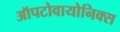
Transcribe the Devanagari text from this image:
ऑपटोवायोनिक्स